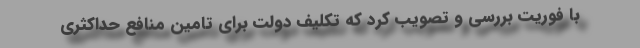
با فوریت بررسی و تصویب کرد که تکلیف دولت برای تامین منافع حداکثری